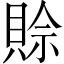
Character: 賒